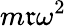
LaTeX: m\mathfrak{r}\omega^{2}